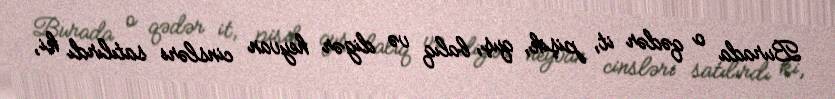
Burada o qədər it, pişik, quş, balıq və digər heyvan cinsləri satılırdı ki,